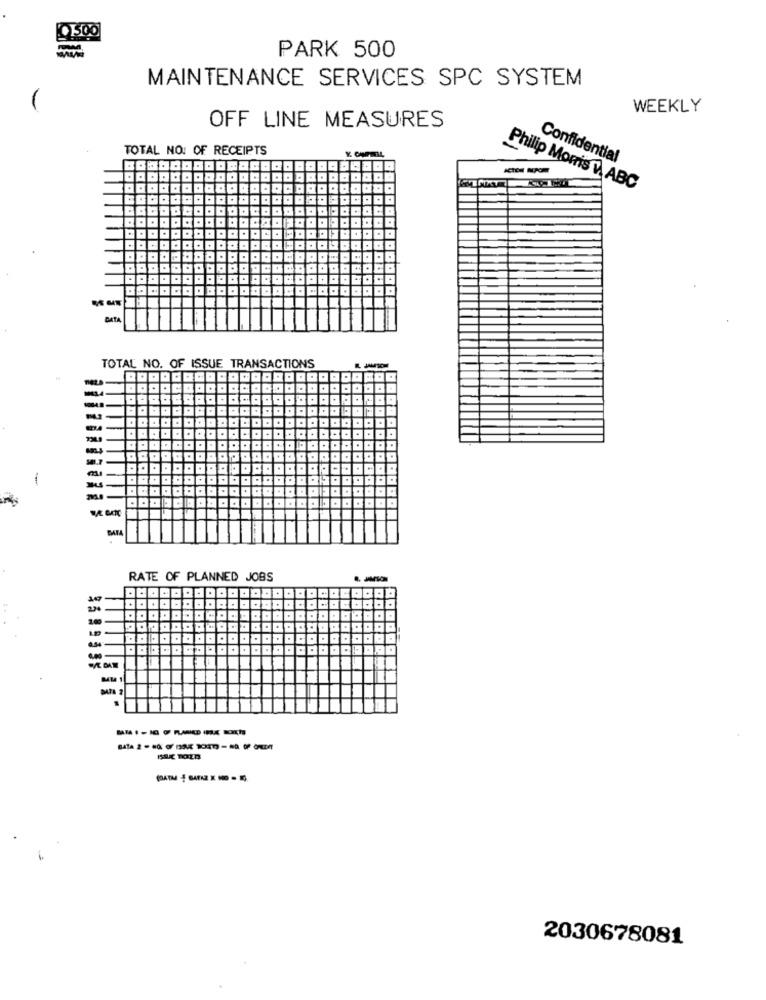
500
PARK 500
MAINTENANCE SERVICES SPC SYSTEM
WEEKLY
OFF LINE MEASURES
TOTAL NO: OF RECEIPTS
Confidential
Philip Morris W ABC
.
DATA
TOTAL NO. OF ISSUE TRANSACTIONS
RATE OF PLANNED JOBS
1.00
1SEC TOZA
2030678081